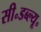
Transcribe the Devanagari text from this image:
सी॰डब्ल्यू॰